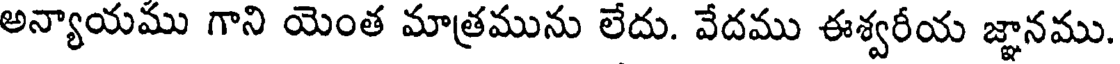
అన్యాయము గాని యెంత మాత్రమును లేదు. వేదము ఈశ్వరీయ జ్ఞానము.